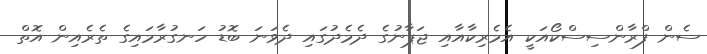
ސެން ފްރާންސިސްކޯއަކީ އެމެރިކާއާއި ޖަޕާނުގެ ދެމެދުގައި ދެވަނަ ބޮޑު ހަނގުރާމައިގެ ތެރެއިން އޮތް